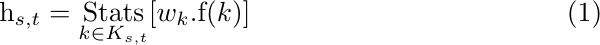
\begin{equation}
    \mathrm{h}_{s,t} = \underset{k \in K_{s,t}}{\text{Stats}}[w_k.\mathrm{f}(k)]
\end{equation}